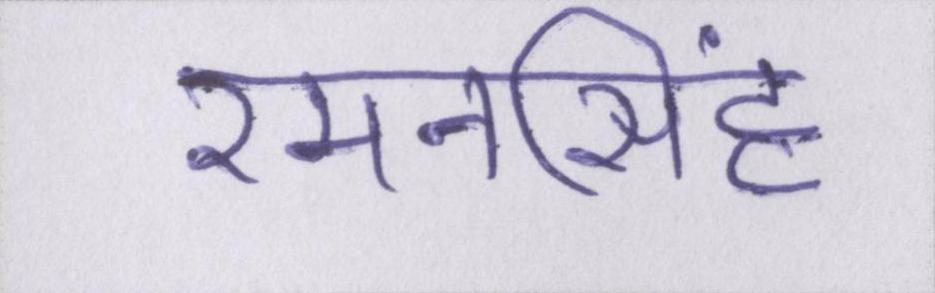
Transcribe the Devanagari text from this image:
रमनसिंह